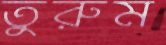
তুরুম